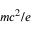
m c ^ { 2 } / e